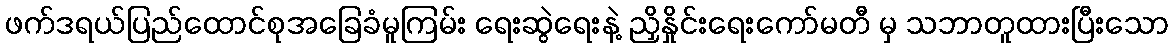
ဖက်ဒရယ်ပြည်ထောင်စုအခြေခံမူကြမ်း ရေးဆွဲရေးနဲ့ ညှိနှိုင်းရေးကော်မတီ မှ သဘာတူထားပြီးသော